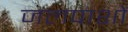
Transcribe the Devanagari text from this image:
जलपाशों